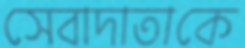
সেবাদাতাকে